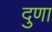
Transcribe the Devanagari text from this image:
दुणा